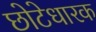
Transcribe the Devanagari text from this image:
छोटेधारक